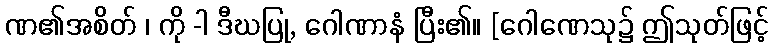
ဏ၏အစိတ် ၊ ကို -ါ ဒီဃပြု, ဂေါဏာနံ ပြီး၏။ [ဂေါဏေသု၌ ဤသုတ်ဖြင့်